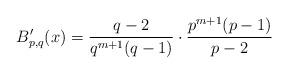
LaTeX: \begin{align*}B_{p,q}'(x)=\frac{q-2}{q^{m+1}(q-1)}\cdot \frac{p^{m+1}(p-1)}{p-2}\end{align*}